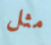
مثل